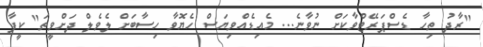
"ރާދު ތިހާ ޑެސްޕަރޭޓްވާކަށް ނުވާނެ... މެއިޑެއްވިޔަސް ހެޔޮވާ ހިސާބަށް ލެވެލް ދަށްވީތަ" ކީފާ